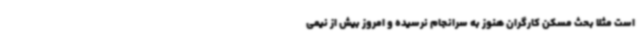
است مثلا بحث مسکن کارگران هنوز به سرانجام نرسیده و امروز بیش از نیمی